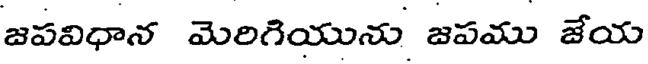
జపవిధాన మెరిగియును జపము జేయ